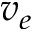
v _ { e }